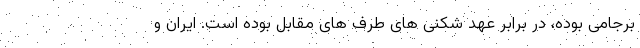
برجامی بوده، در برابر عهد شکنی های طرف های مقابل بوده است. ایران و